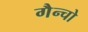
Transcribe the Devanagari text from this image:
गैन्चो